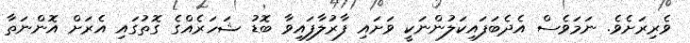
ވެރިރަށެވެ. ނަމަވެސް އެދެބަފައިކަލުންނަކީ ވަށައި ފާރުލާފައިވާ ބޮޑު ޝަހަރެއްގެ ގޮތުގައި އެރަށް އޮންނަތާ